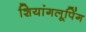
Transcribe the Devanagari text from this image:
शियांगलूपिंग